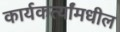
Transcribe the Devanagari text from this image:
कार्यकर्त्यांमधील